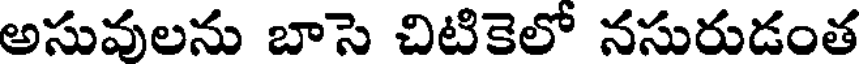
అసువులను బాసె చిటికెలో నసురుడంత